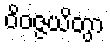
ဝိဝဇ္ဇယိတွာ